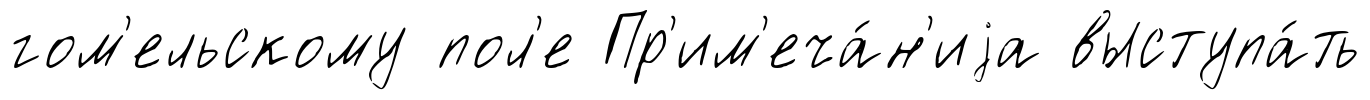
гом'ельскому пол'е Пр'им'еча́н'иjа выступа́ть